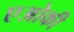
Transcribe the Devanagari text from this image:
एओकी